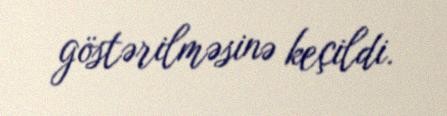
göstərilməsinə keçildi.